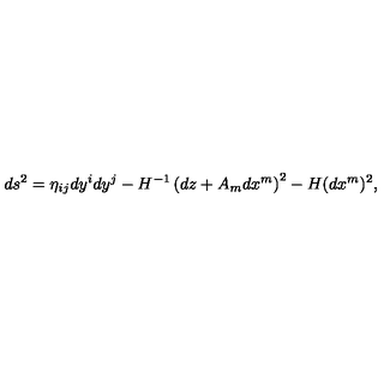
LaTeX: d s ^ { 2 } = \eta _ { i j } d y ^ { i } d y ^ { j } - H ^ { - 1 } \left( d z + { A } _ { m } d x ^ { m } \right) ^ { 2 } - H ( d x ^ { m } ) ^ { 2 } ,